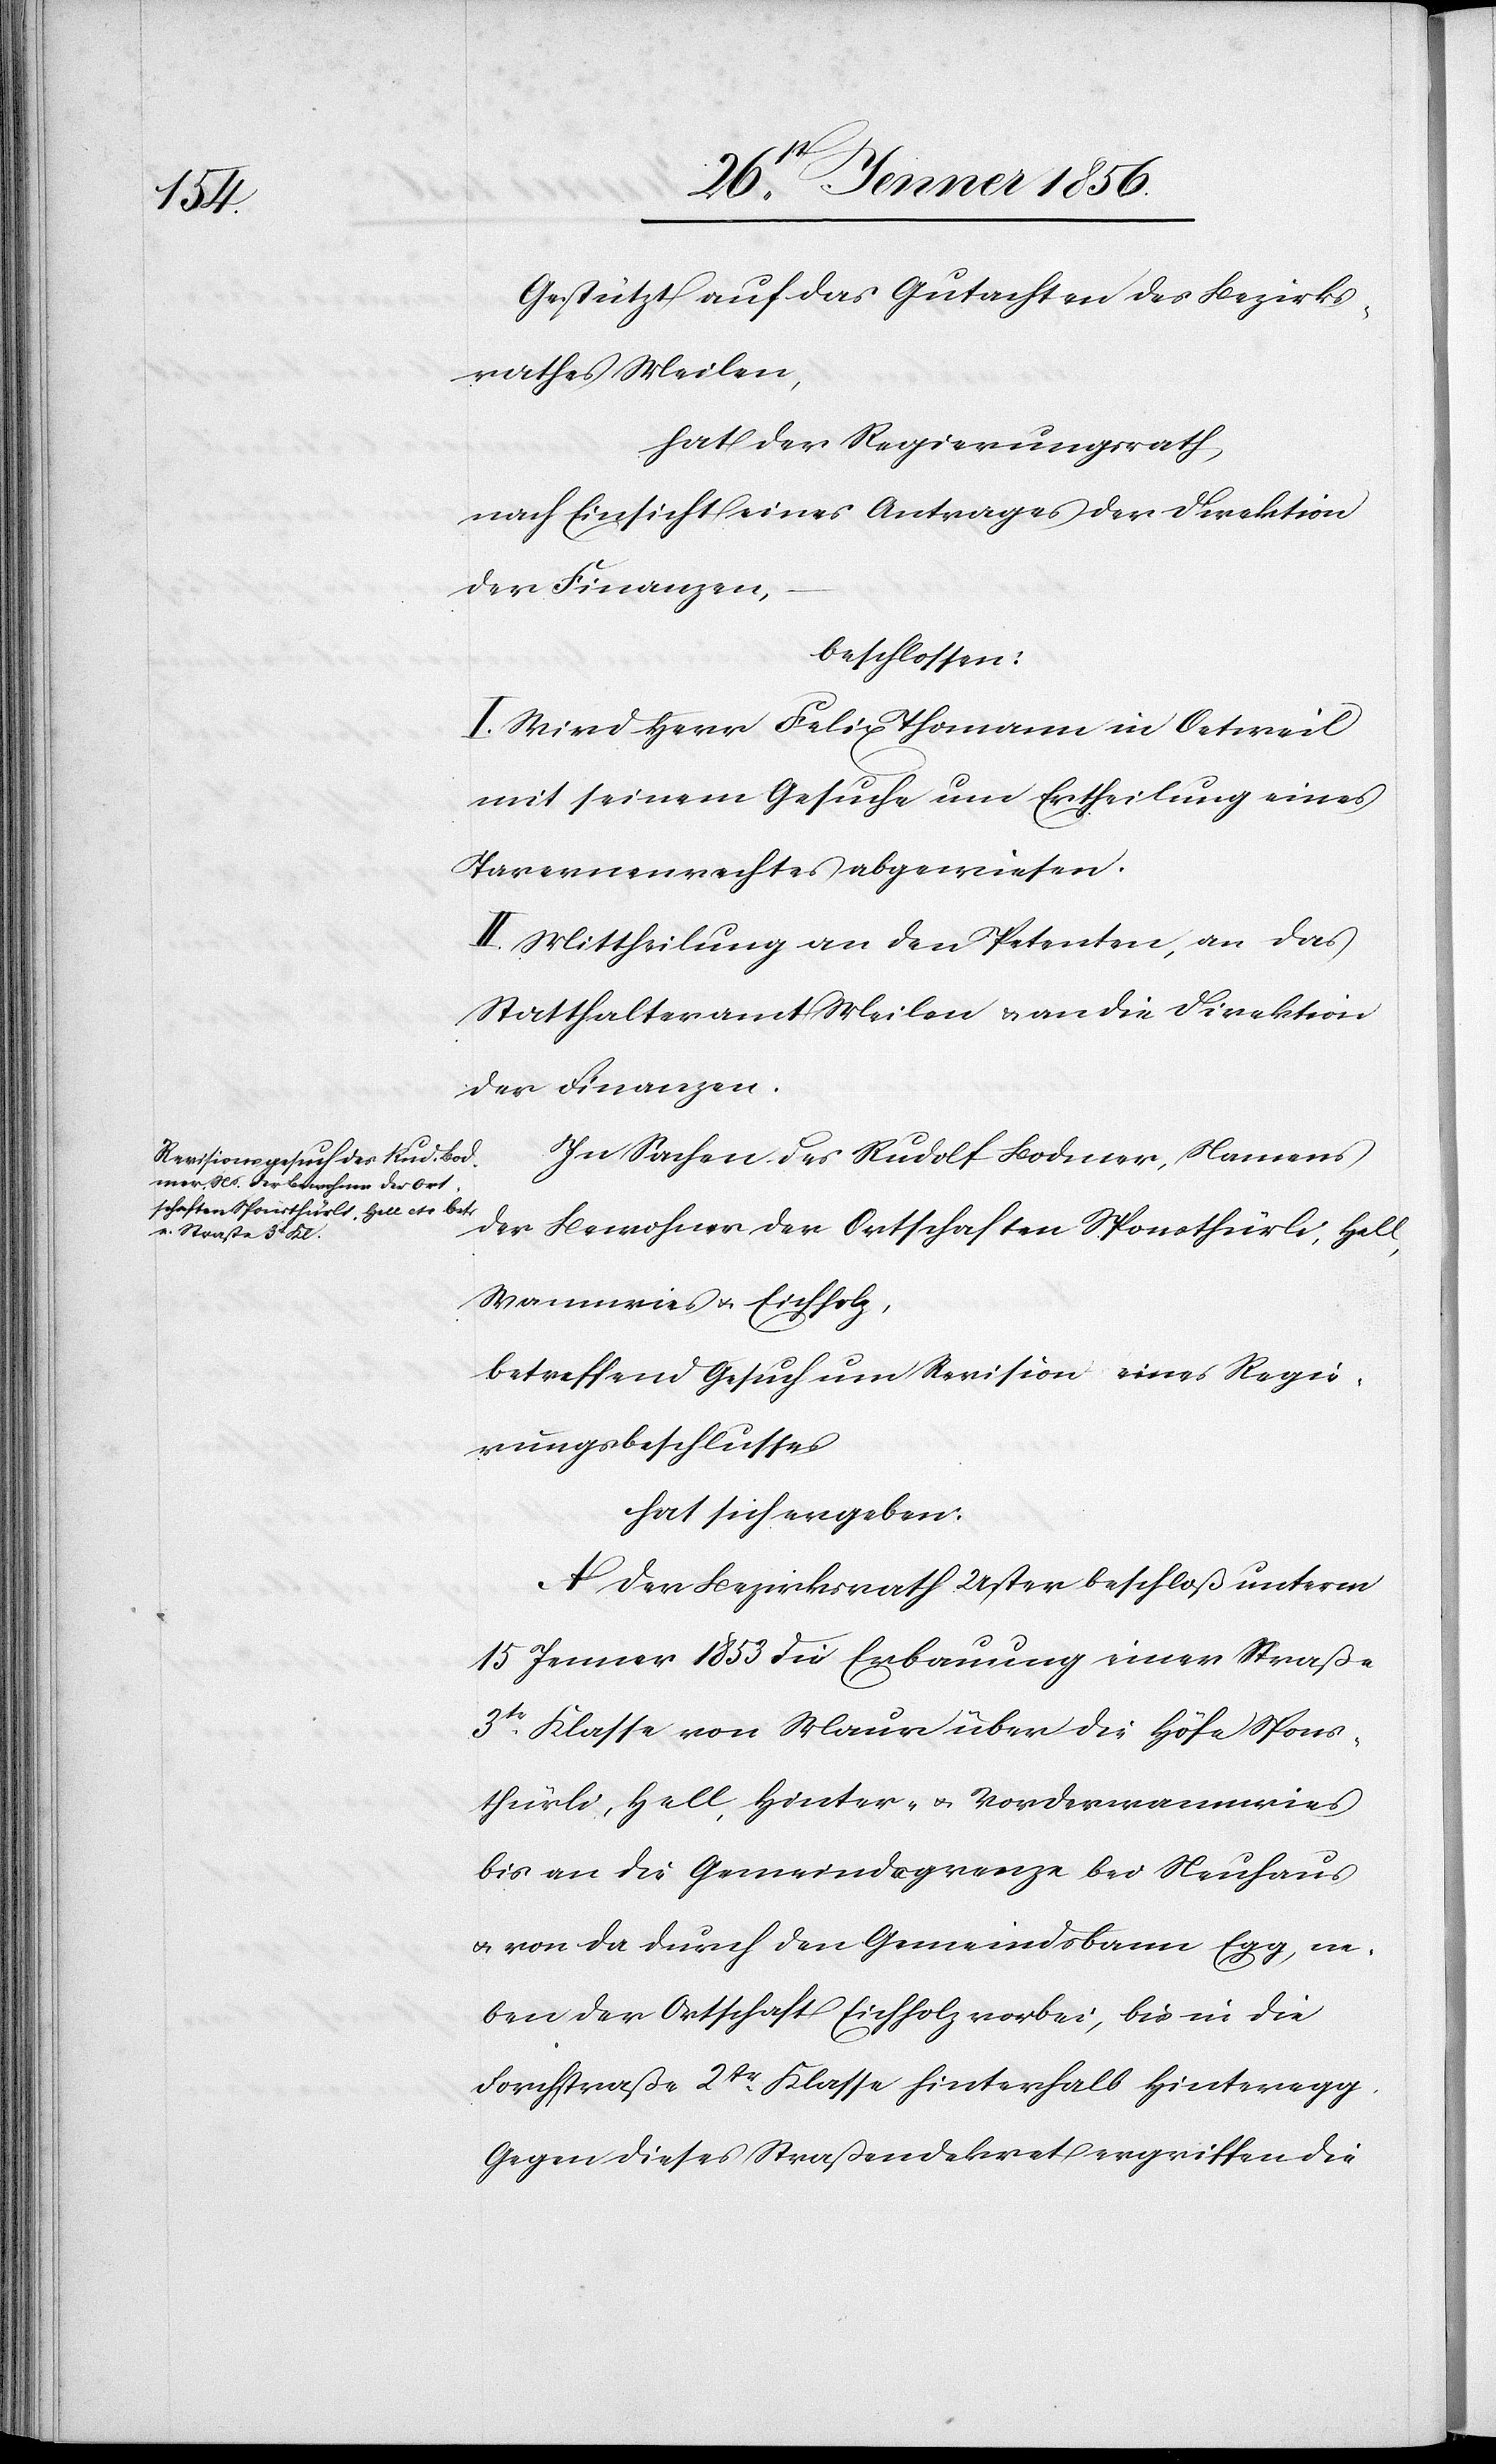
Gestützt auf das Gutachten des Bezirks¬
rathes Meilen,
hat der Regierungsrath,
nach Einsicht eines Antrages der Direktion
der Finanzen,
beschlossen:
I. Wird Herr Felix Thomann in Oetweil
mit seinem Gesuche um Ertheilung eines
Tavernenrechtes abgewiesen.
II. Mittheilung an den Petenten, an das
Statthalteramt Meilen u. an die Direktion
der Finanzen.
In Sachen des Rudolf Bodmer, Namens
der Bewohner der Ortschaften Sponsthürli, Hell,
Wannwies u. Eichholz,
betreffend Gesuch um Revision eines Regie¬
rungsbeschlusses
hat sich ergeben:
A. Der Bezirksrath Uster beschloß unterm
15 Jenner 1853 die Erbauung einer Straße
3tr Klasse von Maur über die Höfe Spons¬
thürli, Hell, Hinter- u. Vorderwannwies
bis an die Gemeindegrenze bei Heuhaus
u. von da durch den Gemeindsbann Egg, ne¬
ben der Ortschaft Eichholz vorbei, bis in die
Forchstraße 2tr Klasse hinterhalb Hinteregg.
Gegen dieses Straßendekret ergriffen die